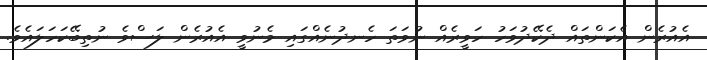
އެއުރެން އެކަންތައް ދެކޭދުވަހު ހަވީރެއް ނުވަތަ ހެނދުނެއްގައި މެނުވީ އެއުރެން ލަސްވެ ނުތިބޭކަހަލައެވެ.